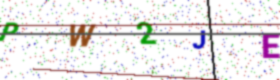
Text: PW2JE